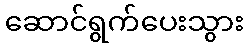
ဆောင်ရွက်ပေးသွား